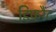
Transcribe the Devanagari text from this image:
डिफरैंट